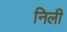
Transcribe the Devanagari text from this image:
निली